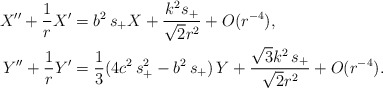
\begin{align*}X'' + \frac{1}{r} X' &= b^2\,s_+ X+ \frac{k^2s_+}{\sqrt{2}r^2} + O(r^{-4}),\\Y'' + \frac{1}{r} Y'&= \frac{1}{3}(4c^2\,s_+^2 - b^2\,s_+)\,Y + \frac{\sqrt{3}k^2\,s_+}{\sqrt{2}r^2} + O(r^{-4}).\end{align*}